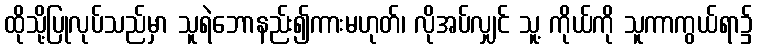
ထိုသို့ပြုလုပ်သည်မှာ သူရဲဘောနည်း၍ကားမဟုတ်၊ လိုအပ်လျှင် သူ့ ကိုယ်ကို သူကာကွယ်ရာ၌